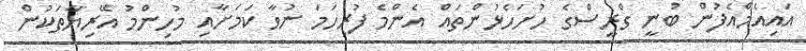
އައިއެމްއެފުން ބުނީ ގްރީސްގެ ހުށަހެޅުންތައް އެންމެ ފުރިހަަމަ ނުވާ ކަމަށާއި މުހިންމު އޭރިޔާތަކުން